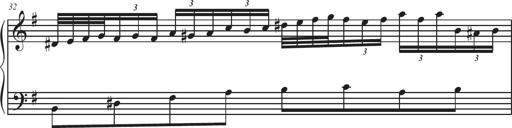
Title: Sonatina Espania
Composer: Jerald Franklin Archer
Key: Various